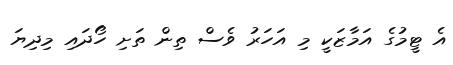
އެ ޓީމުގެ އަމާޒަކީ މި އަހަރު ވެސް ތިން ތަށި ހޯދައި މިދިޔަ